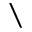
\setminus